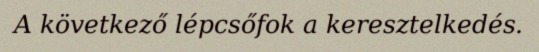
A következő lépcsőfok a keresztelkedés.